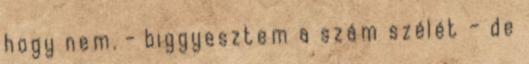
hogy nem. - biggyesztem a szám szélét – de